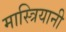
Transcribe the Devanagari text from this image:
मास्त्रियानी